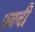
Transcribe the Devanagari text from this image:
पबबी